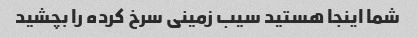
شما اینجا هستید سیب زمینی سرخ کرده را بچشید